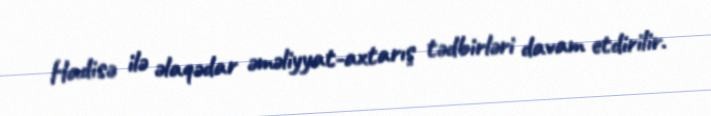
Hadisə ilə əlaqədar əməliyyat-axtarış tədbirləri davam etdirilir.